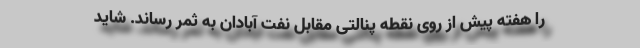
را هفته پیش از روی نقطه پنالتی مقابل نفت آبادان به ثمر رساند. شاید